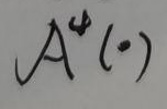
$A^*(\cdot)$